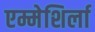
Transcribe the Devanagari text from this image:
एम्मेशिर्ला